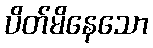
ပိတ်မိနေသော